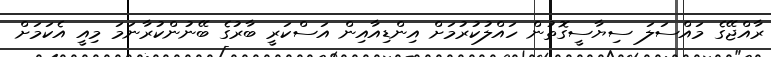
ރާއްޖޭގެ މައްސަލަ ސިޔާސީގޮތުން ހައްލުކުރުމަށް އިންޑިއާއިން އަސްކަރީ ބާރުގެ ބޭނުންކުރާނަމަ މިއީ އެކަމަށް